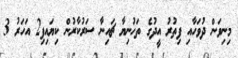
މިނިވަން ދުވަހާއި ފިތުރު އީދުގެ ތަހުނިޔާ ޗައިނާ ސަރުކާރުން ކިޔައިފި2 އަހަރު 3